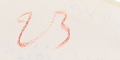
23